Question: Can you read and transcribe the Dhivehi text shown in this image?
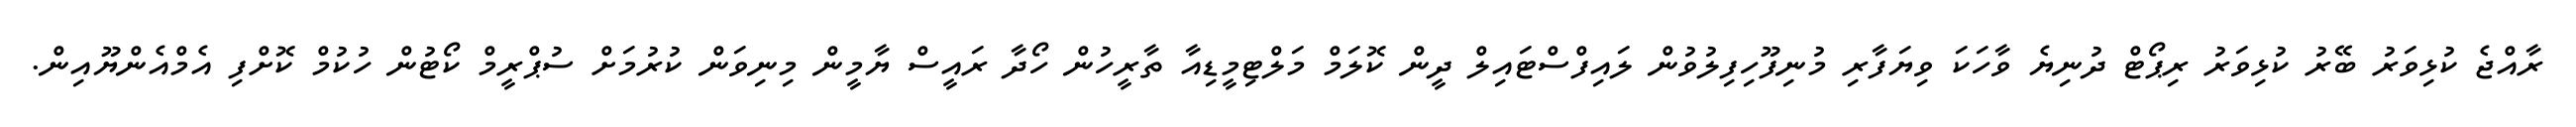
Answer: ރާއްޖެ ކުޅިވަރު ބޭރު ކުޅިވަރު ރިޕޯޓް ދުނިޔެ ވާހަކަ ވިޔަފާރި މުނިފޫހިފިލުވުން ލައިފްސްޓައިލް ދީން ކޮލަމް މަލްޓިމީޑިއާ ތާރީހުން ހޯދާ ރައީސް ޔާމީން މިނިވަން ކުރުމަށް ސުޕްރީމް ކޯޓުން ހުކުމް ކޮށްފި އެމްއެންޔޫއިން.